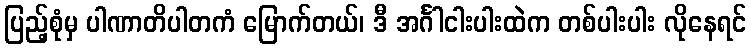
ပြည့်စုံမှ ပါဏာတိပါတကံ မြောက်တယ်၊ ဒီ အင်္ဂါငါးပါးထဲက တစ်ပါးပါး လိုနေရင်